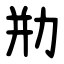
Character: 㔙